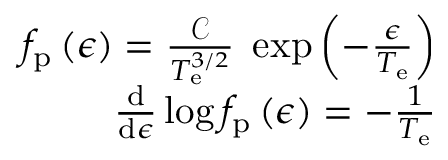
\begin{array} { r } { f _ { \mathrm { p } } \left( \epsilon \right) = \frac { \mathcal { C } } { T _ { \mathrm { e } } ^ { 3 / 2 } } \; \exp \left( - \frac { \epsilon } { T _ { \mathrm { e } } } \right) } \\ { \frac { \mathrm { d } } { \mathrm { d } \epsilon } \log f _ { \mathrm { p } } \left( \epsilon \right) = - \frac { 1 } { T _ { \mathrm { e } } } } \end{array}